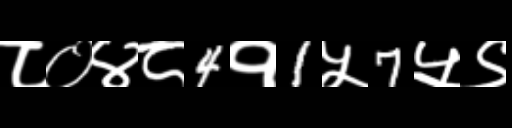
Text: ८०४८4१1५7५९